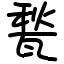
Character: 甃